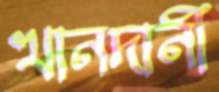
খানদানী